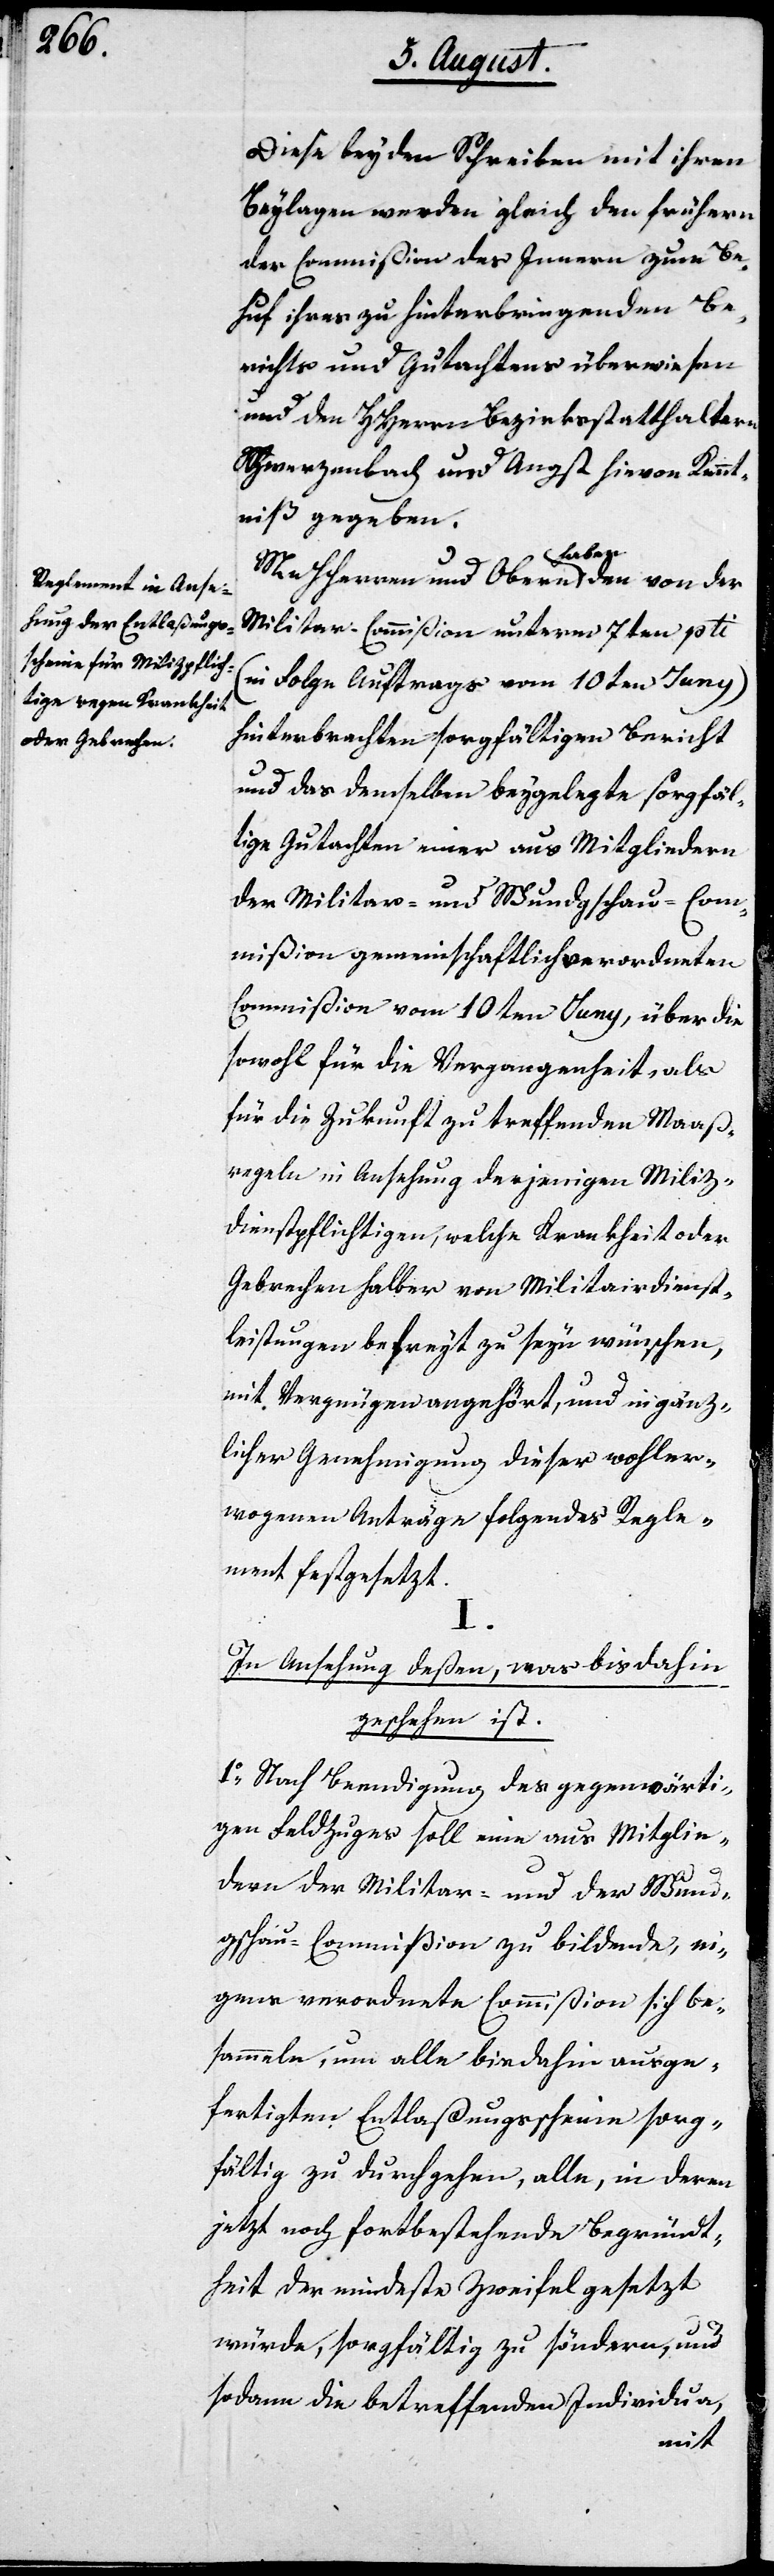
Diese beyden Schreiben mit ihren
Beylagen werden gleich den frühern
der Commißion des Innern zum Be¬
huf ihres zu hinterbringenden Be¬
richts und Gutachtens überwiesen
und den HHerrn Bezirksstatthaltern
Schwerzenbach und Angst hievon Kennt¬
niß gegeben.
MHHerren und Obern haben den von der
Militar-Commißion unterm 7ten pti.
(in Folge Auftrags vom 10ten Juny)
hinterbrachten sorgfältigen Bericht
und das demselben beygelegte sorgfäl¬
tige Gutachten einer aus Mitgliedern
der Militar- und Wundgschau-Com¬
mißion gemeinschaftlich verordneten
Commißion vom 10ten Juny, über die
sowohl für die Vergangenheit, als
für die Zukunft zu treffenden Maaß¬
regeln in Ansehung derjenigen Miliz¬
dienstpflichtigen, welche Krankheit oder
Gebrechen halber von Militairdienst¬
leistungen befreyt zu seyn wünschen,
mit Vergnügen angehört, und im gänz¬
licher Genehmigung dieser wohler¬
wogenen Anträge folgendes Regle¬
ment festgesetzt.
I.
In Ansehung deßen, was bis dahin
geschehen ist.
1.) Nach Beendigung des gegenwärti¬
gen Feldzuges soll eine aus Mitglie¬
dern der Militar- und Wund¬
gschau-Commißion zu bildende ei¬
gens verordnete Commißion sich be¬
sammeln, um alle bis dahin ausge¬
fertigten Entlaßungsscheine sorg¬
fältig zu durchgehen, alle, in deren
jetzt noch fortbestehende Begründt¬
heit der mindeste Zweifel gesetzt
würde, sorgfältig zu söndern, und
sodann die betreffenden Individua